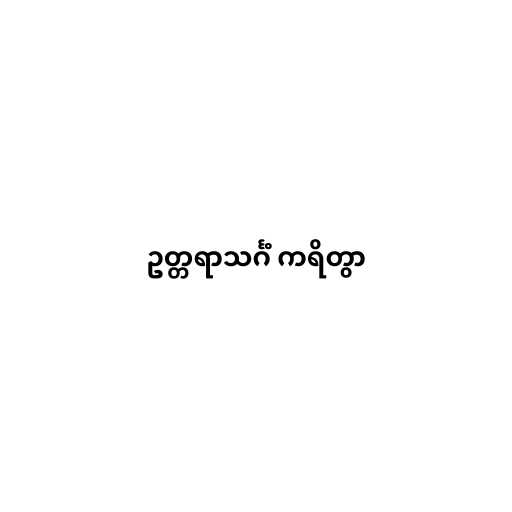
ဥတ္တရာသင်္ဂံ ကရိတွာ